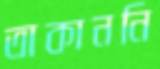
তাকাননি